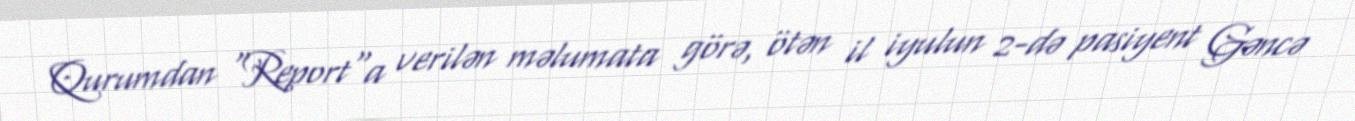
Qurumdan "Report"a verilən məlumata görə, ötən il iyulun 2-də pasiyent Gəncə